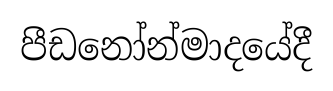
පීඩනෝන්මාදයේදී